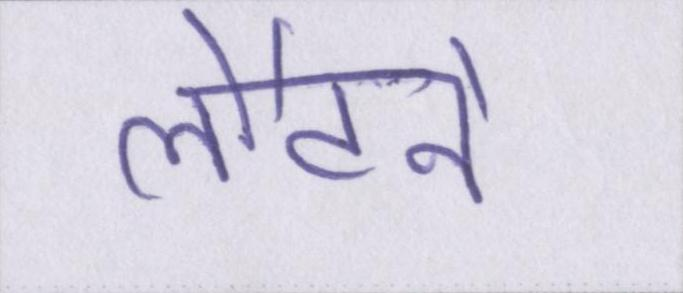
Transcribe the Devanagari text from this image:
लौटने